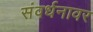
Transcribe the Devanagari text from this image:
संवर्धनावर